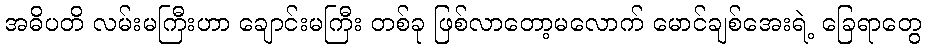
အဓိပတိ လမ်းမကြီးဟာ ချောင်းမကြီး တစ်ခု ဖြစ်လာတော့မလောက် မောင်ချစ်အေးရဲ့ ခြေရာတွေ